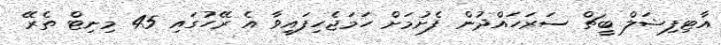
އާޓިފިޝަލް ބީޗް ސަރަހައްދުން ފެށުމަށް ހަމަޖެހިފައިވާ އެ ރޭހުގައި 45 މިނިޓް ތެރޭ